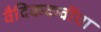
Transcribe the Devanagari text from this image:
वैदिककवींचा